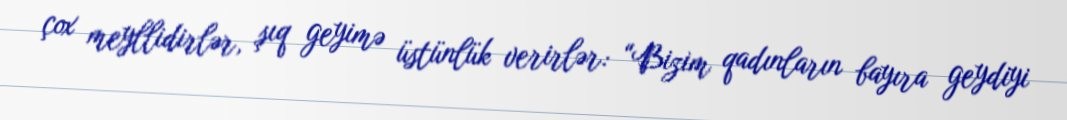
çox meyllidirlər, şıq geyimə üstünlük verirlər: “Bizim qadınların bayıra geydiyi